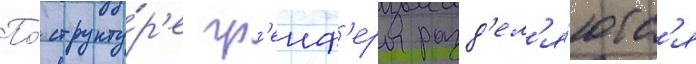
По́ структу́р'е гр'еиф'еры разд'ел'я́ютс'я